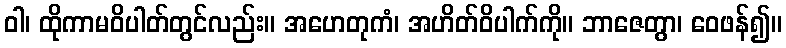
ဝါ၊ ထိုကာမဝိပါတ်တွင်လည်း။ အဟေတုကံ၊ အဟိတ်ဝိပါက်ကို။ ဘာဇေတွာ၊ ဝေဖန်၍။